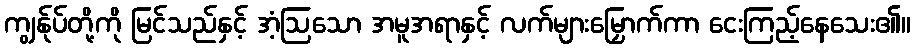
ကျွန်ုပ်တို့ကို မြင်သည်နှင့် အံ့ဩသော အမူအရာနှင့် လက်များမြှောက်ကာ ငေးကြည့်နေသေး၏။